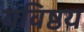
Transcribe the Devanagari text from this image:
यविष्ठय